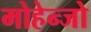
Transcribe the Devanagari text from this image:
मोहेन्जो